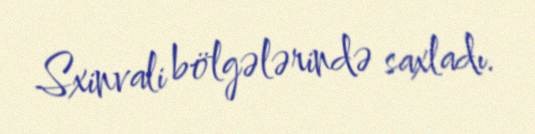
Sxinvali bölgələrində saxladı.